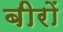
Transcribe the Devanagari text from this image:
बीरों